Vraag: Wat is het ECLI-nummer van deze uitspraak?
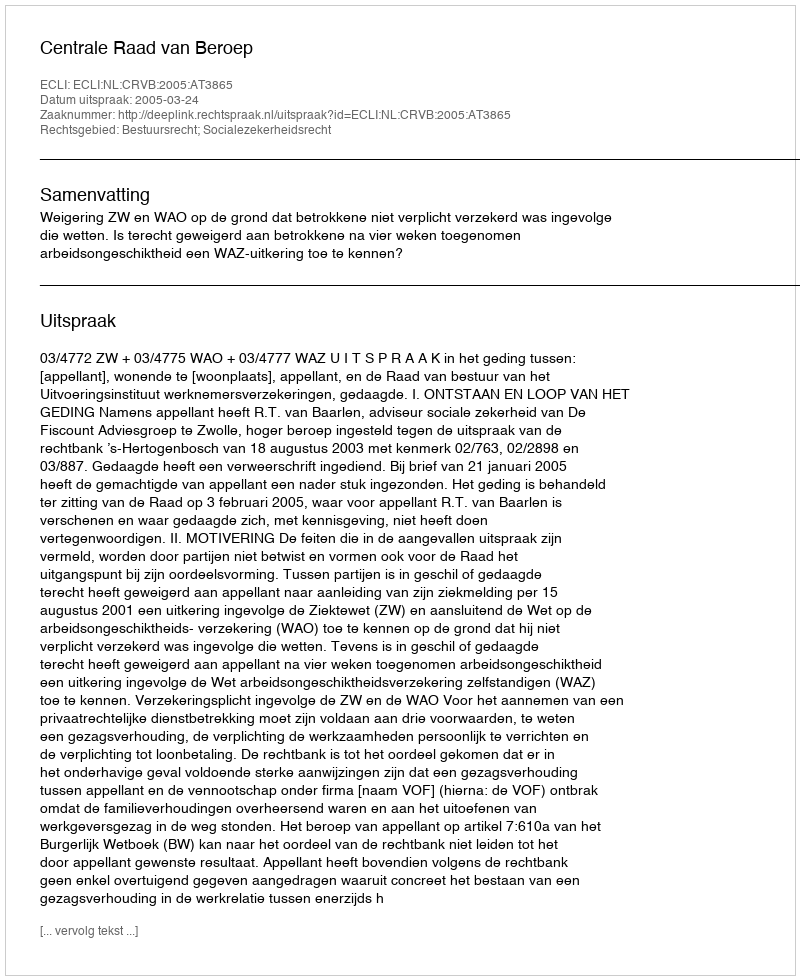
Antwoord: ECLI:NL:CRVB:2005:AT3865